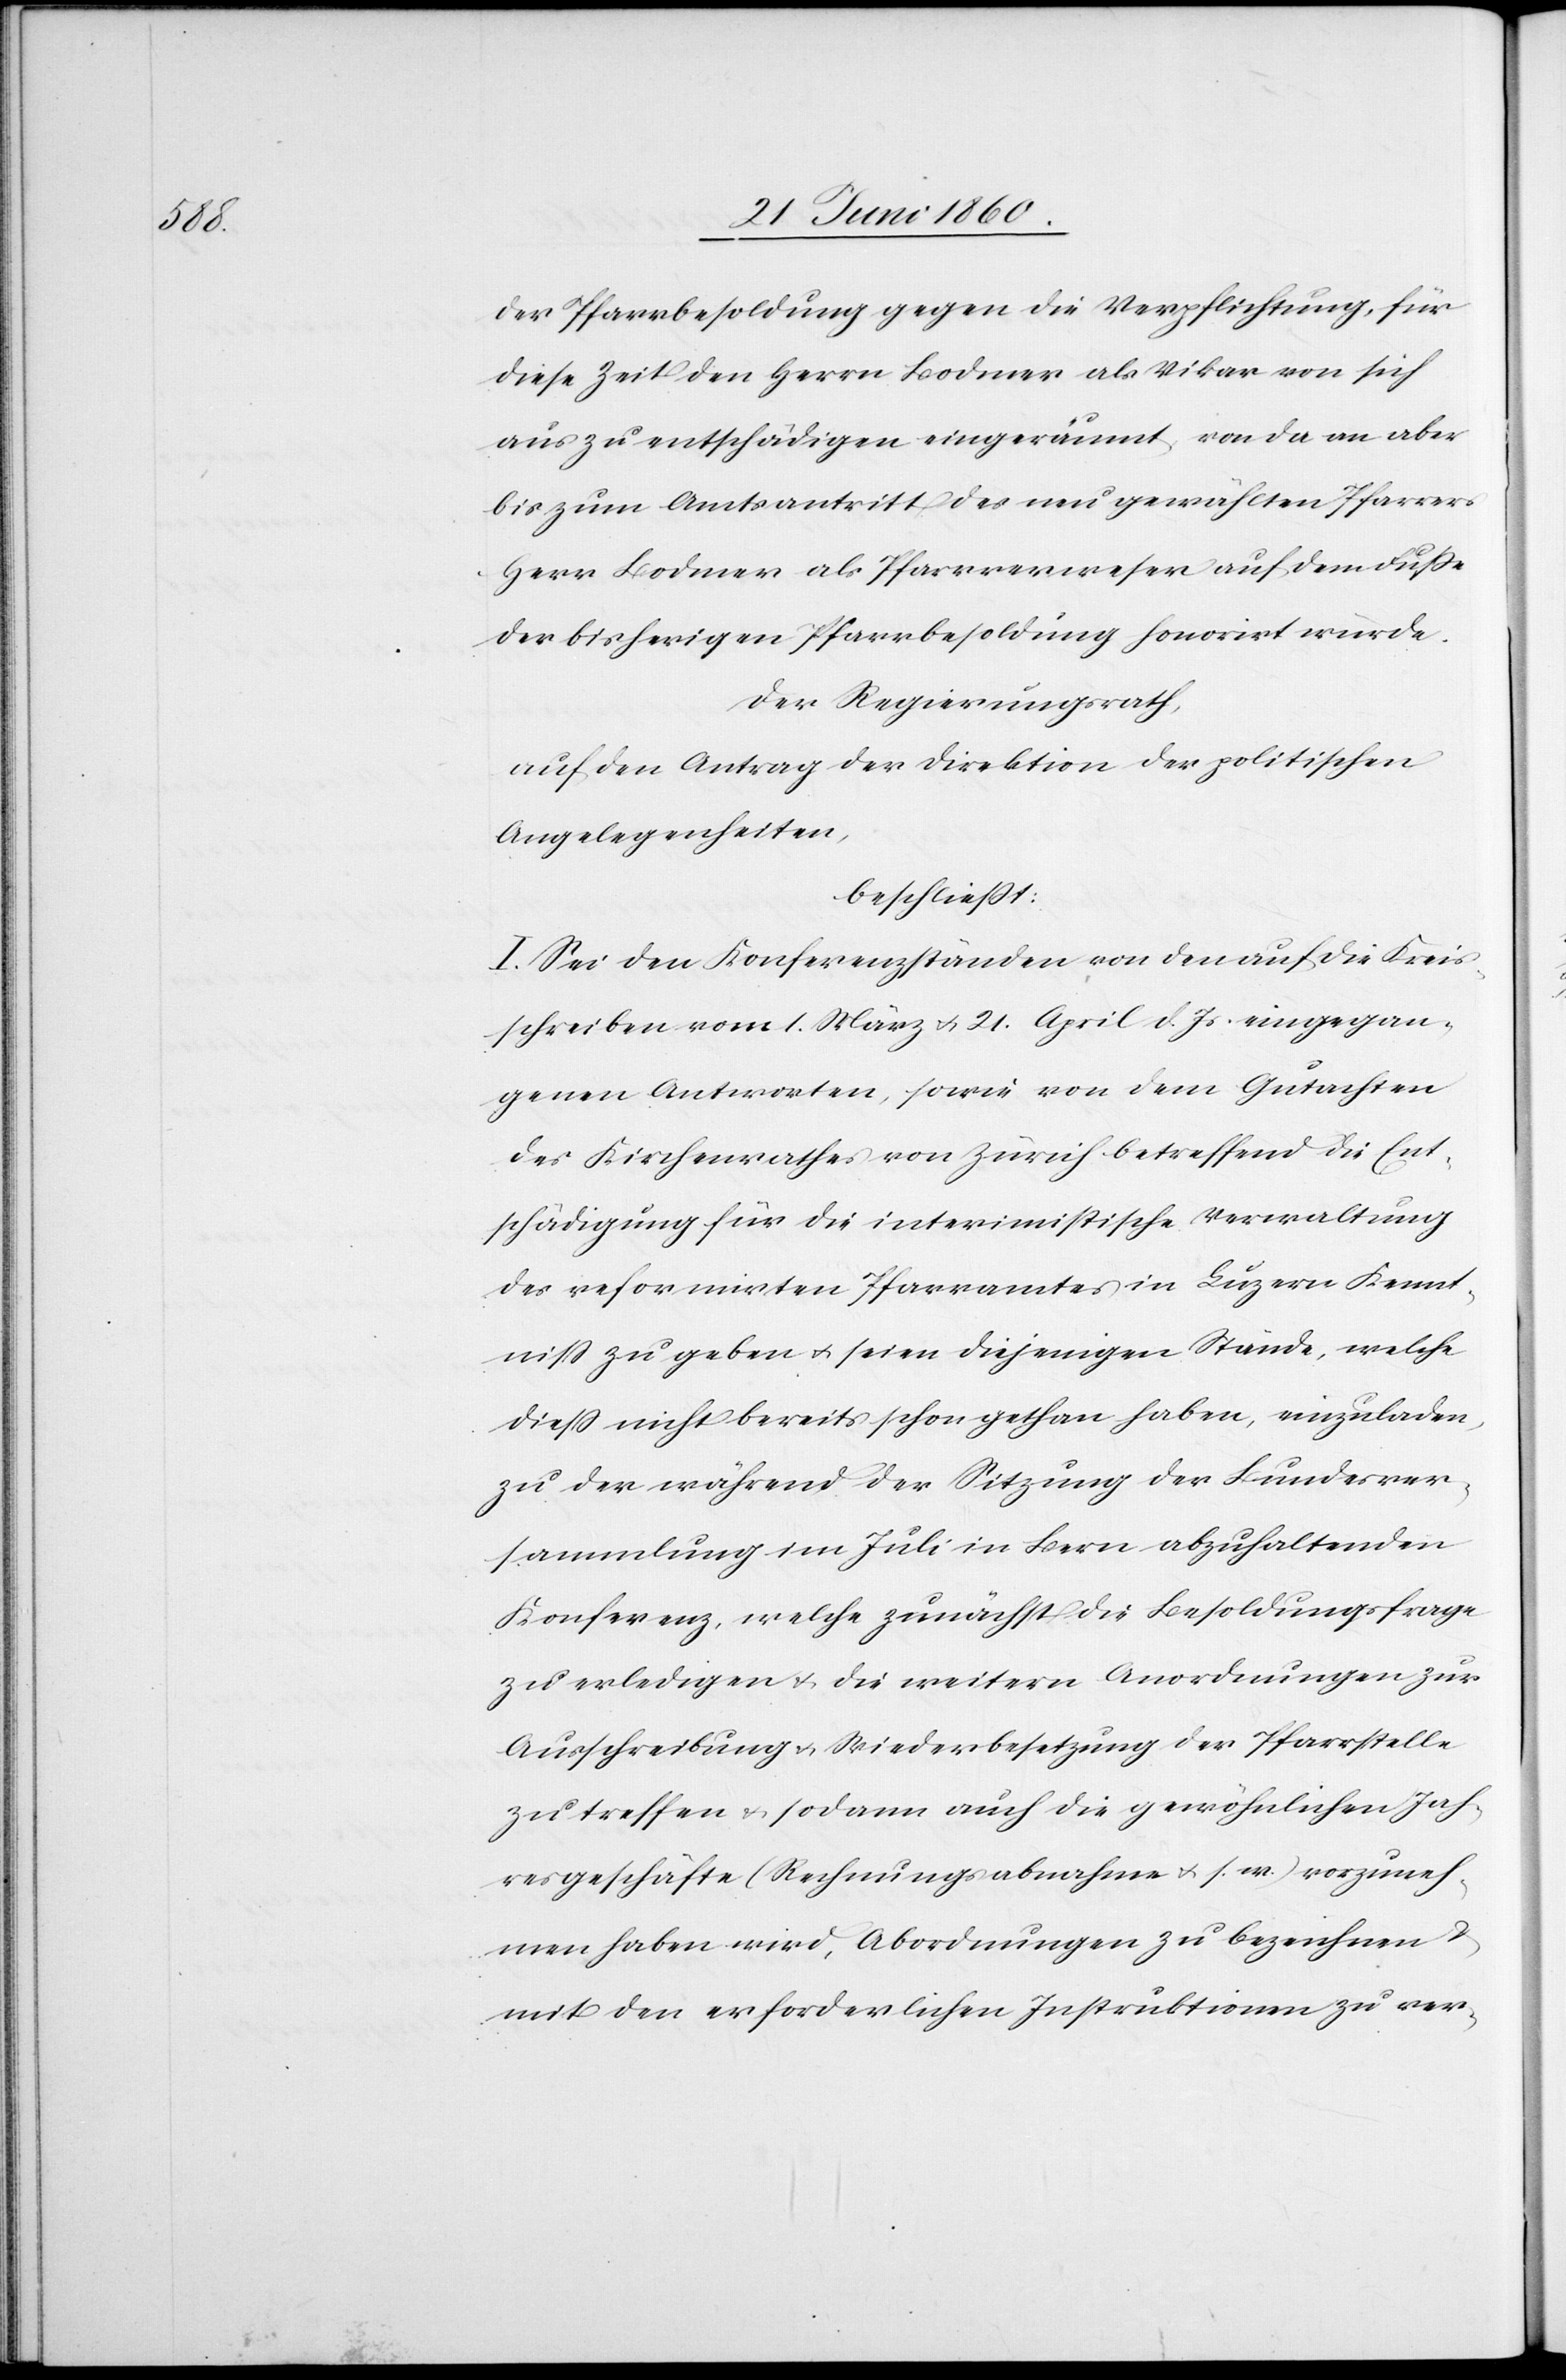
der Pfarrbesoldung gegen die Verpflichtung, für
diese Zeit den Herrn Bodmer als Vikar von sich
aus zu entschädigen eingeräumt, von da an aber
bis zum Amtsantritt des neu gewählten Pfarrers
Herr Bodmer als Pfarrverweser auf dem Fusse
der bisherigen Pfarrbesoldung honorirt wurde.
Der Regierungsrath,
auf den Antrag der Direktion der politischen
Angelegenheiten,
beschliesst:
I. Sei den Konferenzständen von den auf die Kreis¬
schreiben vom 1. März u. 21. April d. Js. eingegan¬
genen Antworten, sowie von dem Gutachten
des Kirchenrathes von Zürich betreffend die Ent¬
schädigung für die interimistische Verwaltung
des reformirten Pfarramtes in Luzern Kennt¬
niss zu geben u. seien diejenigen Stände, welche
diess nicht bereits schon gethan haben, einzuladen,
zu der während der Sitzung der Bundesver¬
sammlung im Juli in Bern abzuhaltenden
Konferenz, welche zunächst die Besoldungsfrage
zu erledigen u. die weitern Anordnungen zur
Ausschreibung u. Wiederbesetzung der Pfarrstelle
zu treffen u. sodann auch die gewöhnlichen Jah¬
resgeschäfte (Rechnungsabnahme u. s. w.) vorzuneh¬
men haben wird, Abordnungen zu bezeichnen u.
mit den erforderlichen Instruktionen zu ver-